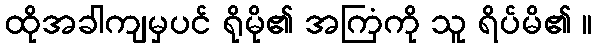
ထိုအခါကျမှပင် ရိုမို၏ အကြံကို သူ ရိပ်မိ၏ ။